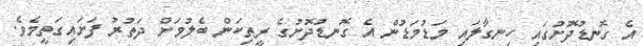
އެ ގޮނޑުދޮށުގައި ހިނގާލައި މަޑުމަޑުން އެ ގޮނޑުދޮށުގެ ރީތިކަން ބެލުމަށް ދަތުރު ފަށައިގަތީމެވެ.